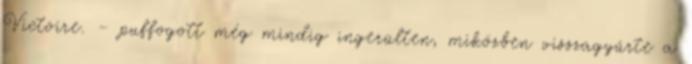
Victoire. – puffogott még mindig ingerülten, miközben visszagyűrte a